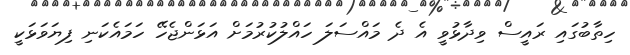
ހިތާބުގައި ރައީސް ވިދާޅުވީ އެ ދެ މައްސަލަ ހައްލުކުރުމަށް އަޅަންޖެހޭ ހަމައެކަނި ފިޔަވަޅަކީ